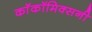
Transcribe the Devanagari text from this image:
काॅकॉमिक्सनी